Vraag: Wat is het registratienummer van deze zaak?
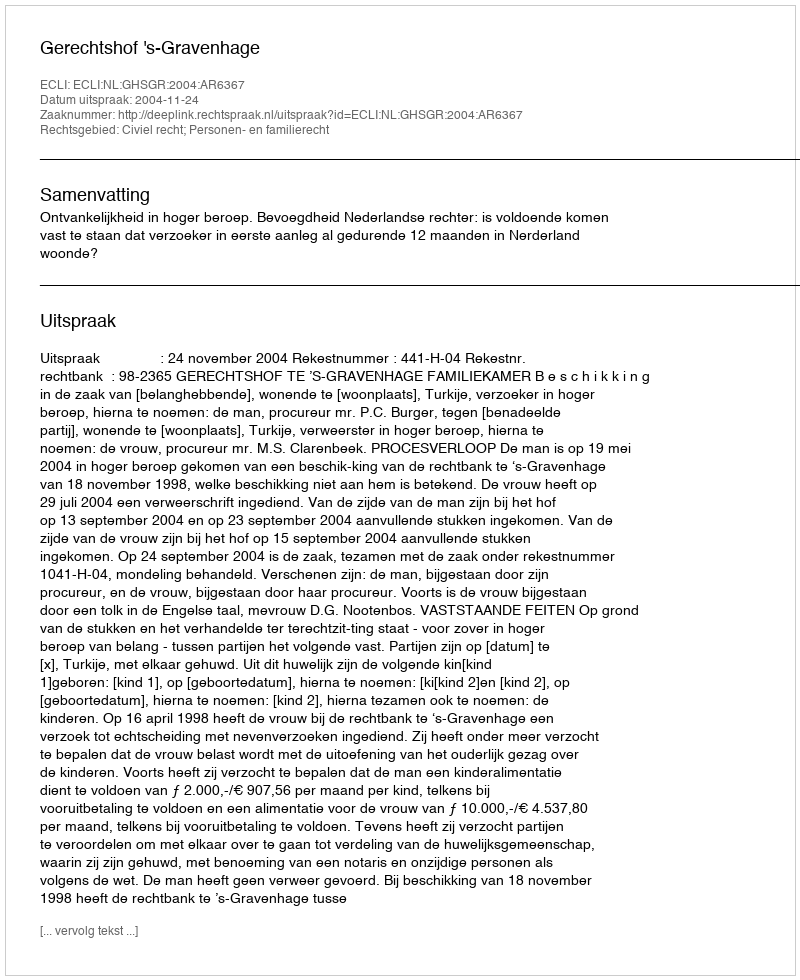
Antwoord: http://deeplink.rechtspraak.nl/uitspraak?id=ECLI:NL:GHSGR:2004:AR6367